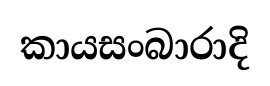
කායසංබාරාදි